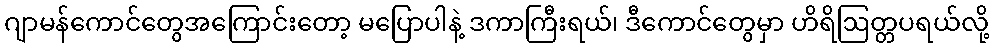
ဂျာမန်ကောင်တွေအကြောင်းတော့ မပြောပါနဲ့ ဒကာကြီးရယ်၊ ဒီကောင်တွေမှာ ဟိရိဩတ္တပရယ်လို့